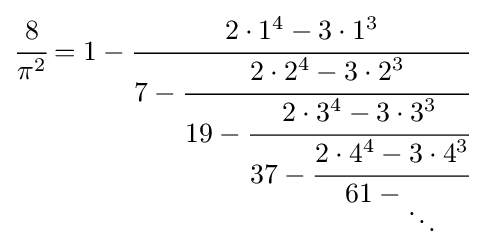
{\cfrac {8}{\pi ^{2}}}=1-{\cfrac {2\cdot 1^{4}-3\cdot 1^{3}}{7-{\cfrac {2\cdot 2^{4}-3\cdot 2^{3}}{19-{\cfrac {2\cdot 3^{4}-3\cdot 3^{3}}{37-{\cfrac {2\cdot 4^{4}-3\cdot 4^{3}}{61-{_{\ddots }}}}}}}}}}